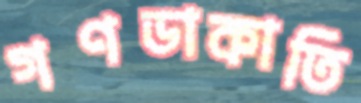
গণডাকাতি